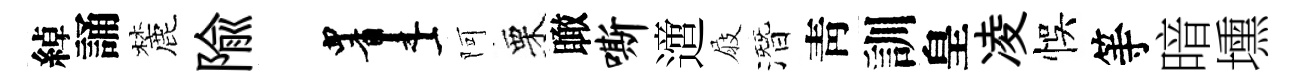
綽誦麓隃画阿栗瞰嘶𨗁屐潛靑訓皇凌悞等暗壎